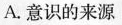
A.意识的来源